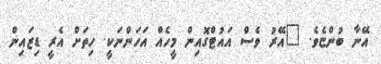
އޭނާ ބުންޏެވެ. "އޭރު ވެސް އައުޓްގޮއިން މީހެއް އަހަންނަކީ. ހިތަށް އެރީ ޑިޒައިން